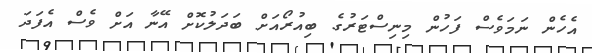
އެހެން ނަމަވެސް ފަހުން މިނިސްޓަރުގެ ބިއުރޯއަށް ބަދަލުކޮށް އޭނާ އަށް ވެސް އެފަދަ